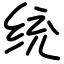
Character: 统